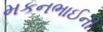
મકનભાઈની